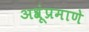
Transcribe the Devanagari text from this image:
अश्रूंप्रमाणे